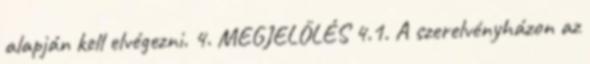
alapján kell elvégezni. 4. MEGJELÖLÉS 4.1. A szerelvényházon az